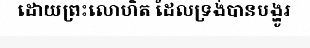
ដោយព្រះលោហិត ដែលទ្រង់បានបង្ហូរ